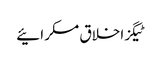
ٹیگزاخلاق مسکرائیے